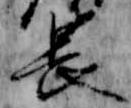
長